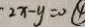
2 x - y = 0 \textcircled { 4 }